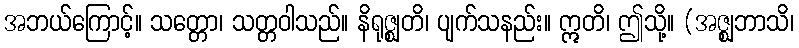
အဘယ်ကြောင့်။ သတ္တော၊ သတ္တဝါသည်။ နိရုဇ္ဈတိ၊ ပျက်သနည်း။ ဣတိ၊ ဤသို့။ (အဇ္ဈဘာသိ၊